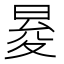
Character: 𭦕